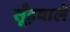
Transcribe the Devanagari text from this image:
सूँड़वाले